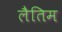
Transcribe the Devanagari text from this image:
लैतिम